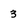
Character: 3